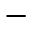
-